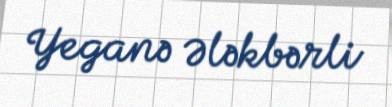
Yeganə Ələkbərli